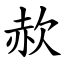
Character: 赥